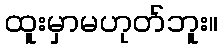
ထူးမှာမဟုတ်ဘူး။